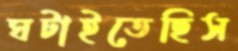
ঘটাইতেছিস